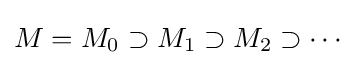
M=M_{0}\supset M_{1}\supset M_{2}\supset \cdots